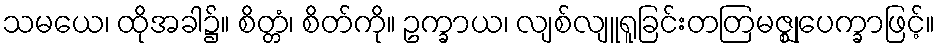
သမယေ၊ ထိုအခါ၌။ စိတ္တံ၊ စိတ်ကို။ ဥက္ခာယ၊ လျစ်လျူရူခြင်းတတြမဇ္ဈုပေက္ခာဖြင့်။